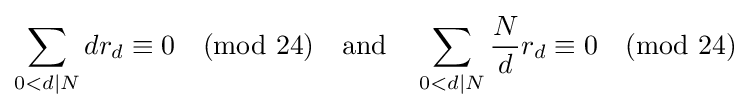
\sum _{0<d\mid N}dr_{d}\equiv 0{\pmod {24}}\quad {\text{and}}\quad \sum _{0<d\mid N}{\frac {N}{d}}r_{d}\equiv 0{\pmod {24}}